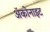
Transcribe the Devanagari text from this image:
ॲकोनाइट